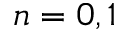
n = 0 , 1